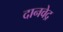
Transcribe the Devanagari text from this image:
दानवेद्र